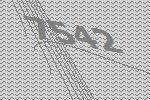
7542